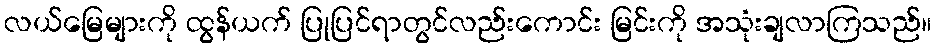
လယ်မြေများကို ထွန်ယက် ပြုပြင်ရာတွင်လည်းကောင်း မြင်းကို အသုံးချလာကြသည်။